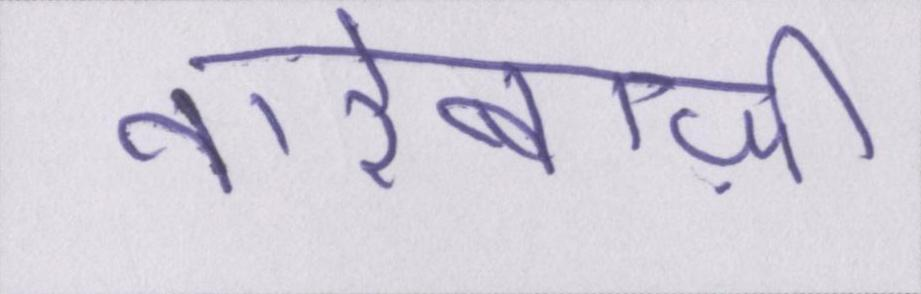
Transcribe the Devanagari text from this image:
नारेबाज़ी